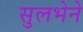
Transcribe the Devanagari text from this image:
सुलभेने